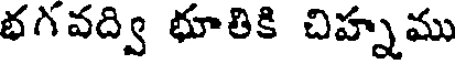
భగవద్వి భూతికి చిహ్నము